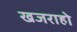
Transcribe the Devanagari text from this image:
खजराहो